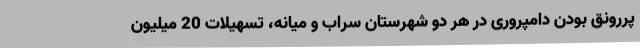
پررونق بودن دامپروری در هر دو شهرستان سراب و میانه، تسهیلات 20 میلیون